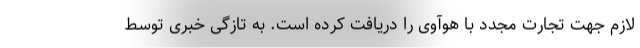
لازم جهت تجارت مجدد با هوآوی را دریافت کرده است. به تازگی خبری توسط